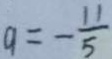
a = - \frac { 1 1 } { 5 }